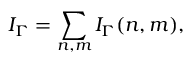
I _ { \Gamma } = \sum _ { n , m } I _ { \Gamma } ( n , m ) ,